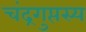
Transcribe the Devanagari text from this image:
चंद्रगुप्तस्य